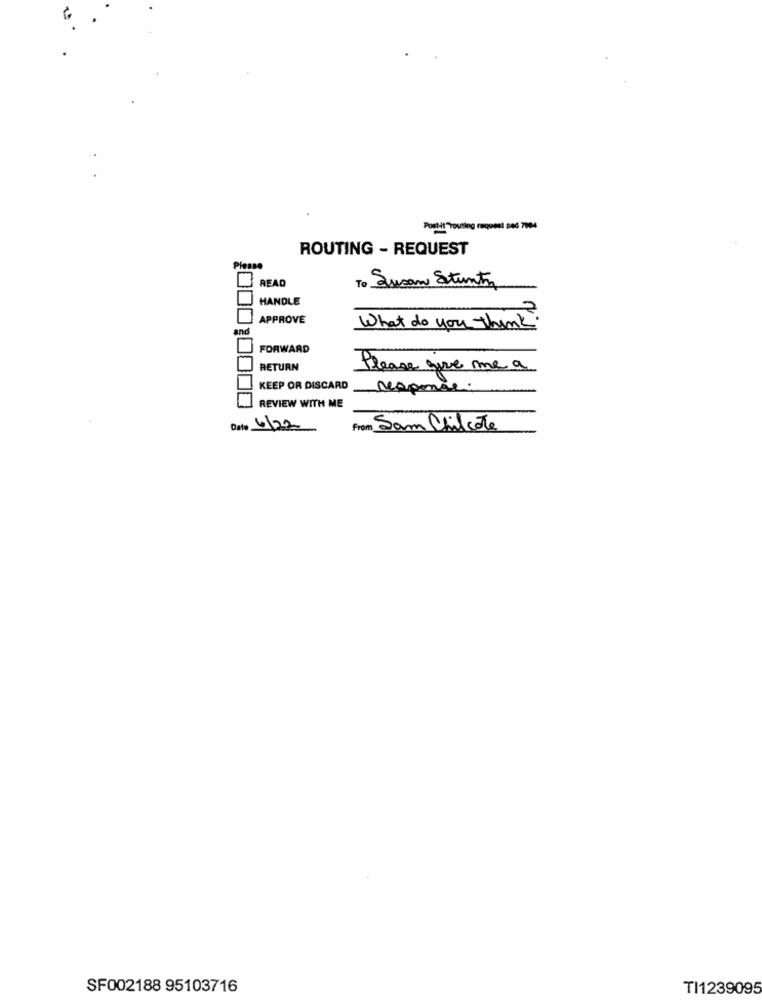
Postit" Touting request pod 7004
ROUTING - REQUEST
Please
READ
To Susan Stunts
HANDLE
APPROVE
and
What do you think
FORWARD
RETURN
Please give me a
KEEP OR DISCARD
response:
REVIEW WITH ME
Date 6122
From Sam Chilcote
SF002188 95103716
TI1239095